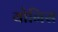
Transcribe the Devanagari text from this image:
योनिस